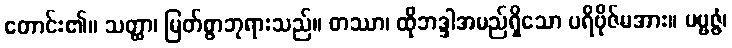
တောင်း၏။ သတ္ထာ၊ မြတ်စွာဘုရားသည်။ တဿာ၊ ထိုဘဒ္ဒါအမည်ရှိသော ပရိဗိုဇ်မအား။ ပဗ္ဗဇ္ဇံ၊